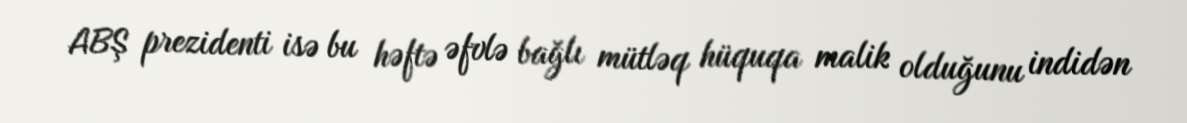
ABŞ prezidenti isə bu həftə əfvlə bağlı mütləq hüquqa malik olduğunu indidən